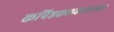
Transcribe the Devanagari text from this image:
कपिष्ठकलकठशाखा।